Report of the Indian Hemp Drugs Commission, 1894-1895 - Volume IV
Year: 1894
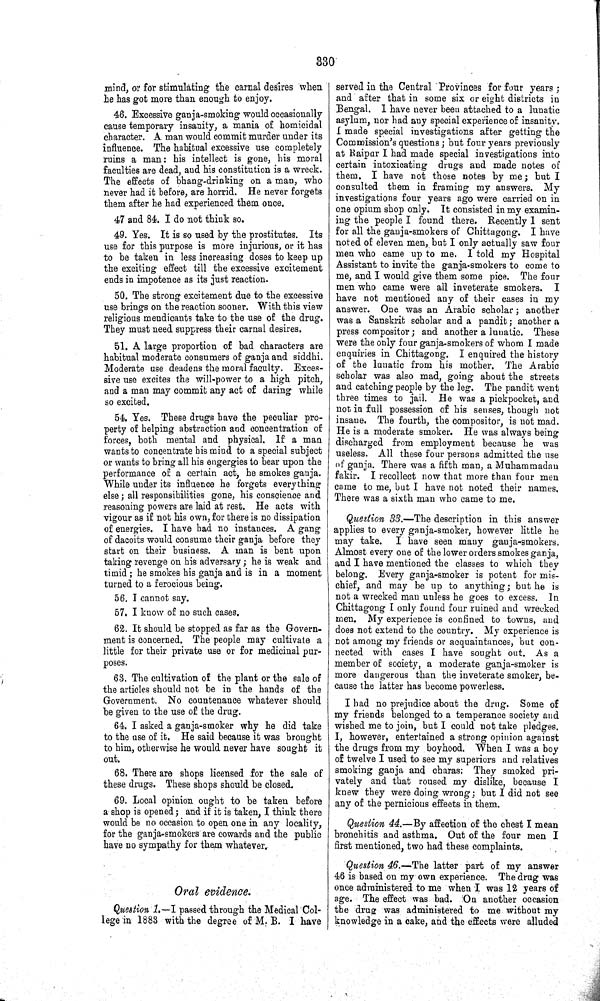
330
mind, or for stimulating the carnal desires when
he has got more than enough to enjoy.
46. Excessive ganja-smoking would occasionally
cause temporary insanity, a mania of homicidal
character. A man would commit murder under its
influence. The habitual excessive use completely
ruins a man: his intellect is gone, his moral
faculties are dead, and his constitution is a wreck.
The effects of bhang-drinking on a man, who
never had it before, are horrid. He never forgets
them after he had experienced them once.
47 and 84. I do not think so.
49. Yes. It is so used by the prostitutes. Its
use for this purpose is more injurious, or it has
to be taken in less increasing doses to keep up
the exciting effect till the excessive excitement
ends in impotence as its just reaction.
50. The strong excitement due to the excessive
use brings on the reaction sooner. With this view
religious mendicants take to the use of the drug.
They must need suppress their carnal desires.
51. A large proportion of bad characters are
habitual moderate consumers of ganja and siddhi.
Moderate use deadens the moral faculty. Exces-
sive use excites the will-power to a high pitch,
and a man may commit any act of daring while
so excited.
54. Yes. These drugs have the peculiar pro-
perty of helping abstraction and concentration of
forces, both mental and physical. If a man
wants to concentrate his mind to a special subject
or wants to bring all his engergies to bear upon the
performance of a certain act, he smokes ganja.
While under its influence he forgets everything
else; all responsibilities gone, his conscience and
reasoning powers are laid at rest. He acts with
vigour as if not his own, for there is no dissipation
of energies. I have had no instances. A gang
of dacoits would consume their ganja before they
start on their business. A man is bent upon
taking revenge on his adversary; he is weak and
timid; he smokes his ganja and is in a moment
turned to a ferocious being.
56. I cannot say.
57. I know of no such cases.
62. It should be stopped as far as the Govern-
ment is concerned. The people may cultivate a
little for their private use or for medicinal pur-
poses.
63. The cultivation of the plant or the sale of
the articles should not be in the hands of the
Government. No countenance whatever should
be given to the use of the drug.
64. I asked a ganja-smoker why he did take
to the use of it. He said because it was brought
to him, otherwise he would never have sought it
out.
68. There are shops licensed for the sale of
these drugs. These shops should be closed.
69. Local opinion ought to be taken before
a shop is opened; and if it is taken, I think there
would be no occasion to open one in any locality,
for the ganja-smokers are cowards and the public
have no sympathy for them whatever.
Oral evidence.
Question 1.—I passed through the Medical Col-
lege in 1883 with the degree of M. B. I have
served in the Central Provinces for four years;
and after that in some six or eight districts in
Bengal. I have never been attached to a lunatic
asylum, nor had any special experience of insanity.
I made special investigations after getting the
Commission's questions; but four years previously
at Raipar I had made special investigations into
certain intoxicating drugs and made notes of
them. I have not those notes by me; but I
consulted them in framing my answers. My
investigations four years ago were carried on in
one opium shop only. It consisted in my examin-
ing the people I found there. Recently I sent
for all the ganja-smokers of Chittagong. I have
noted of eleven men, but I only actually saw four
men who came up to me. I told my Hospital
Assistant to invite the ganja-smokers to come to
me, and I would give them some pice. The four
men who came were all inveterate smokers. I
have not mentioned any of their cases in my
answer. One was an Arabic scholar; another
was a Sanskrit scholar and a pandit; another a
press compositor; and another a lunatic. These
were the only four ganja-smokers of whom I made
enquiries in Chittagong. I enquired the history
of the lunatic from his mother. The Arabic
scholar was also mad, going about the streets
and catching people by the leg. The pandit went
three times to jail. He was a pickpocket, and
not in full possession of his senses, though not
insane. The fourth, the compositor, is not mad.
He is a moderate smoker. He was always being
discharged from employment because he was
useless. All these four persons admitted the use
of ganja. There was a fifth man, a Muhammadan
fakir. I recollect now that more than four men
came to me, but I have not noted their names.
There was a sixth man who came to me.
Question 33.—The description in this answer
applies to every ganja-smoker, however little he
may take. I have seen many ganja-smokers.
Almost every one of the lower orders smokes ganja,
and I have mentioned the classes to which they
belong. Every ganja-smoker is potent for mis-
chief, and may be up to anything; but he is
not a wrecked man unless he goes to excess. In
Chittagong I only found four ruined and wrecked
men. My experience is confined to towns, and
does not extend to the country. My experience is
not among my friends or acquaintances, but con-
nected with cases I have sought out. As a
member of society, a moderate ganja-smoker is
more dangerous than the inveterate smoker, be-
cause the latter has become powerless.
I had no prejudice about the drug. Some of
my friends belonged to a temperance society and
wished me to join, but I could not take pledges.
I, however, entertained a strong opinion against
the drugs from my boyhood. When I was a boy
of twelve I used to see my superiors and relatives
smoking ganja and charas. They smoked pri-
vately and that roused my dislike, because I
knew they were doing wrong; but I did not see
any of the pernicious effects in them.
Question 44.—By affection of the chest I mean
bronchitis and asthma. Out of the four men I
first mentioned, two had these complaints.
Question 46.—The latter part of my answer
46 is based on my own experience. The drug was
once administered to me when I was 12 years of
age. The effect was bad. On another occasion
the drug was administered to me without my
knowledge in a cake, and the effects were alluded